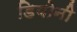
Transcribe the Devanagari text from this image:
डियोनी